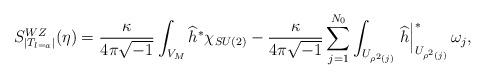
LaTeX: \begin{align*}S_{|T_{l=a}|}^{WZ}(\eta )=\frac{\kappa }{4\pi \sqrt{-1}}\int_{V_{M}}\widehat{h}^{\ast }\chi _{SU(2)}-\frac{\kappa }{4\pi \sqrt{-1}}\sum_{j=1}^{N_{0}}\int_{U_{\rho ^{2}(j)}}\left. \widehat{h}\right| _{U_{\rho ^{2}(j)}}^{\ast}\omega _{j},\end{align*}